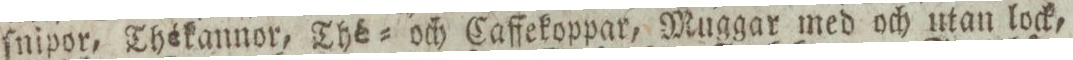
ſnipor, Thékannor, Thé= och Caffekoppar, Muggar med och utan lock,